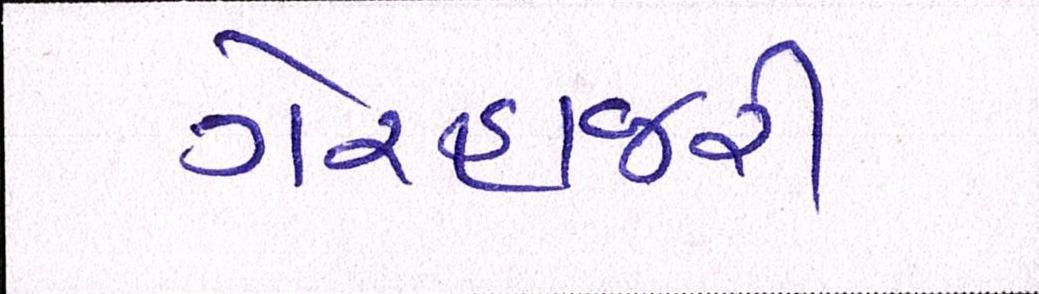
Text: ગેરહાજરી